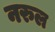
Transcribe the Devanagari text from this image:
नरुल